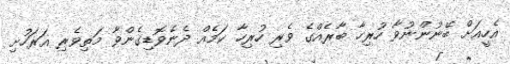
އެހީއަށް ބޭނުންނުވާ ހުރިހާ ބާރެއްގެ ވެރި ހުރިހާ ކަމެއް ދެނެވޮޑިގެންވާ މަތިވެރި އަރަހުށި